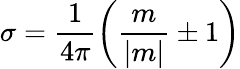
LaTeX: \sigma=\frac 1{4\pi}\left(\frac m{|m|}\pm 1\right)